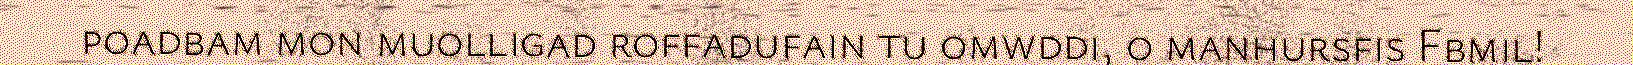
poadbam mon muolligad roffadufain tu omwddi, o manhursfis Fbmil!